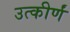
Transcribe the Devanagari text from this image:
उत्कीर्णं